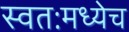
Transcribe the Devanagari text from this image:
स्वतःमध्येच